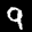
Label: 9